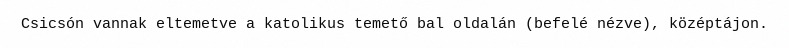
Csicsón vannak eltemetve a katolikus temető bal oldalán (befelé nézve), középtájon.